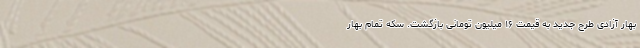
بهار آزادی طرح جدید به قیمت ۱۶ میلیون تومانی بازگشت. سکه تمام بهار